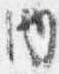
内